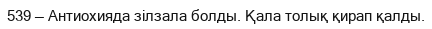
539 — Антиохияда зілзала болды. Қала толық қирап қалды.